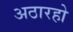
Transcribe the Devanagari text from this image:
अठारहो